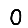
Digit: 0